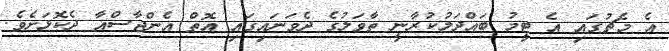
އެ މެޗުގައި އެ ޓީމު ބައްދަލުކުރާނީ ތާވަލުގެ ދެވަނައިގައި އޮތް އެންޖާސްއާ ދެކޮޅަށެވެ.